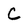
Character: C